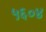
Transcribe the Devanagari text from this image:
५६०४